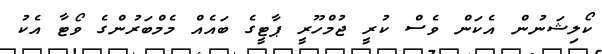
ކޯލިޝަނުން އެކަން ވެސް ކުރީ ޖުމްހޫރީ ޕާޓީގެ ބައެއް މެމްބަރުންގެ ވޯޓާ އެކު